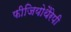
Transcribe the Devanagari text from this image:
फीजियोथैरेपी